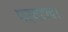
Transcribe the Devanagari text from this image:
पर्यटन।